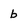
Character: b